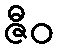
ဇီဝ